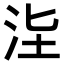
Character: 𣳊